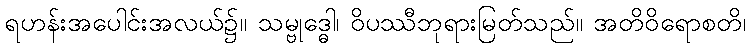
ရဟန်းအပေါင်းအလယ်၌။ သမ္ဗုဒ္ဓေါ၊ ဝိပဿီဘုရားမြတ်သည်။ အတိဝိရောစတိ၊